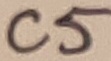
Text: C5